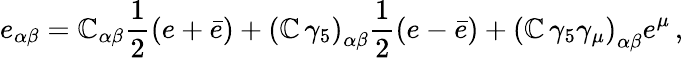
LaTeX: e_{\alpha\beta}=\mathbb{C}_{\alpha\beta}{\frac{{1}}{{2}}}(e+\bar{{e}})+\left(\mathbb{C}\, \gamma_{5}\right)_{\alpha\beta}{\frac{{1}}{{2}}}(e-\bar{{e}})+\left(\mathbb{C}\, \gamma_{5}\gamma_{\mu}\right)_{\alpha\beta}e^{\mu}\, ,